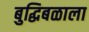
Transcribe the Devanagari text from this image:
बुद्धिबळाला